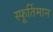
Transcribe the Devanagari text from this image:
स्फूर्तिमान